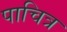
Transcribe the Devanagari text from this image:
पाचित्र